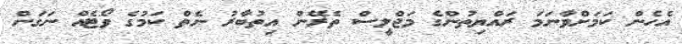
އެހެން ކަމަށްވާނަމަ ރައްޔިތުންގެ މަޖްލީސް ތެރޭން އިތުބާރު ނެތް ކަމުގެ ވޯޓެއް ނަގަން